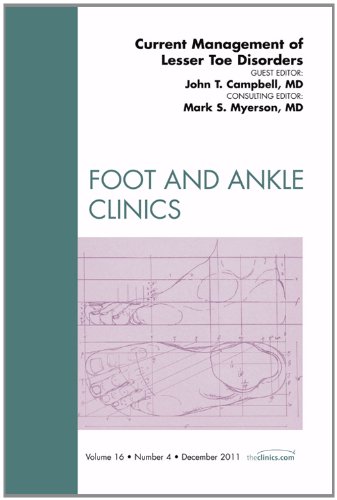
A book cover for Current Management of Lesser Toe Disorders, An Issue of Foot and Ankle Clinics, 1e (The Clinics: Orthopedics); John H. Campbell DDS  MS<br>MD; Medical Books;